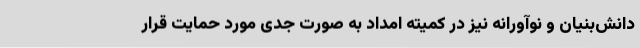
دانش‌بنیان و نوآورانه نیز در کمیته امداد به صورت جدی مورد حمایت قرار